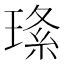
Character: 𤦰